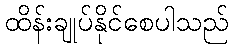
ထိန်းချုပ်နိုင်စေပါသည်